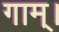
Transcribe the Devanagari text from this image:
गाम्।